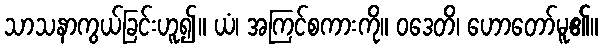
သာသနာကွယ်ခြင်းဟူ၍။ ယံ၊ အကြင်စကားကို။ ဝဒေတိ၊ ဟောတော်မူ၏။